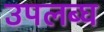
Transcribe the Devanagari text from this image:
उपलब्‍घ